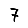
Digit: 7